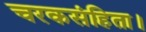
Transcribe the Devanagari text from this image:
चरकसंहिता।